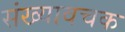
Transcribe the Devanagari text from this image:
संख्यावचक